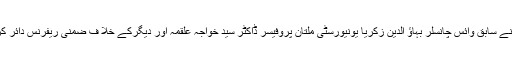
ایگزیکٹو بورڈ اجلاس نے سابق وائس چانسلر بہاﺅ الدین زکریا یونیورسٹی ملتان پروفیسر ڈاکٹر سید خواجہ علقمہ اور دیگرکے خلا ف ضمنی ریفرنس دائر کرنے کی منظوری دی۔